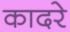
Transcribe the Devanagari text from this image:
कादरे